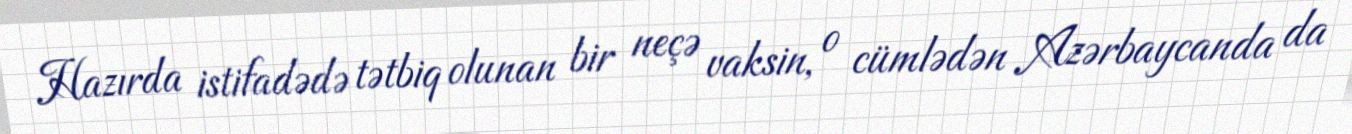
Hazırda istifadədə tətbiq olunan bir neçə vaksin, o cümlədən Azərbaycanda da